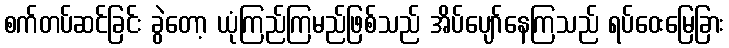
စက်တပ်ဆင်ခြင်း ခွဲတော့ ယုံကြည်ကြမည်ဖြစ်သည် အိပ်ပျော်နေကြသည် ရပ်ဝေးမြေခြား